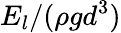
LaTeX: E_{l}/(\rho gd^{3})